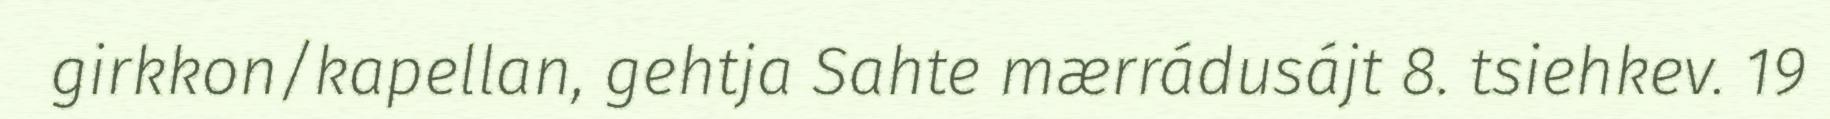
girkkon/kapellan, gehtja Sahte mærrádusájt 8. tsiehkev. 19